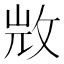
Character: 𣁋